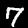
Digit: 7